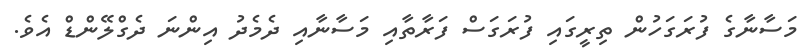
މަސާނާގެ ފުރަގަހުން ތިރީގައި ފުރަގަސް ފަރާތާއި މަސާނާއި ދެމެދު އިންނަ ދެގްލޭންޑް އެވެ.